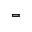
=